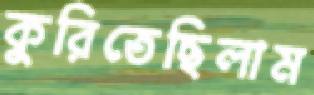
কুরিতেছিলাম